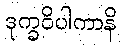
ဒုက္ခဝိပါကာနိ